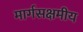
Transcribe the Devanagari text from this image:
मार्गसक्षमीय